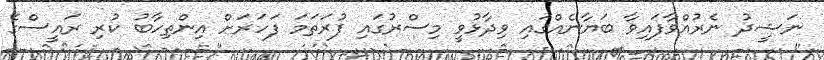
ނަޝީދު ނެރުއްވާފައިވާ ބަޔާނެއްގައި ވިދާޅުވީ މިސްރުގައި ފުރަތަމަ ފަހަރަށް އިންތިހާބު ކުރި ރައީސްގެ